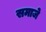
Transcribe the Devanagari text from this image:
समाजे